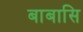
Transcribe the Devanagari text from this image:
बाबासि